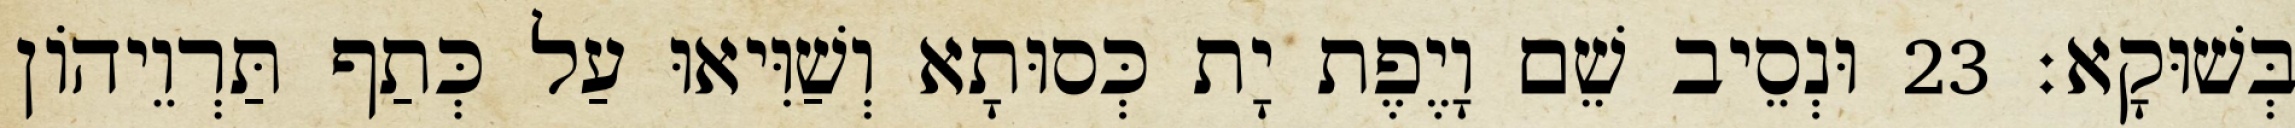
בְּשׁוּקָא׃ 23 וּנְסֵיב שֵׁם וָיֶפֶת יָת כְּסוּתָא וְשַׁוִּיאוּ עַל כְּתַף תַּרְוֵיהוֹן